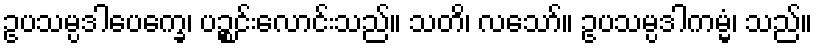
ဥပသမ္ပဒါပေက္ခေ၊ ပဉ္စင်းလောင်းသည်။ သတိ၊ လသော်။ ဥပသမ္ပဒါကမ္မံ၊ သည်။